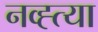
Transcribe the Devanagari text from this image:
नव्ह्त्या